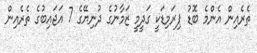
ތެރެއިން އެންމެ ބޮޑު ޕިރަމިޑަކީ ގަދީމީ ޒަމާނުގެ ދުނިޔޭގެ 7 އަޖައިބުގެ ތެރެއިން